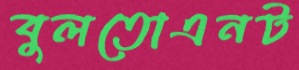
বুলতোএনট